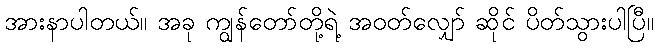
အားနာပါတယ်။ အခု ကျွန်တော်တို့ရဲ့ အဝတ်လျှော် ဆိုင် ပိတ်သွားပါပြီ။